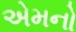
એમનો